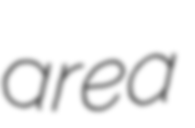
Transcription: area